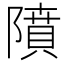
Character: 隫